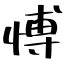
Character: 愽